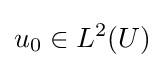
u_{0}\in L^{2}(U)